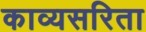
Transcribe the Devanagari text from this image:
काव्यसरिता